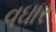
વઘાર